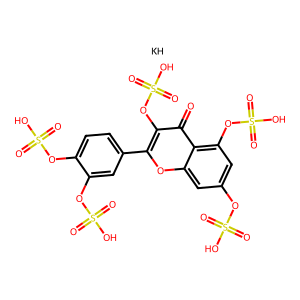
SMILES: O=c1c(OS(=O)(=O)O)c(-c2ccc(OS(=O)(=O)O)c(OS(=O)(=O)O)c2)oc2cc(OS(=O)(=O)O)cc(OS(=O)(=O)O)c12.[KH]
Inhibits HIV replication: No